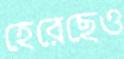
হেরেছেও